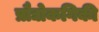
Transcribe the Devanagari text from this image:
प्रौद्योकगिकी